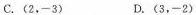
C.(2,-3) D.(3,-2)